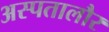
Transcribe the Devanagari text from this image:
अस्पतालौर